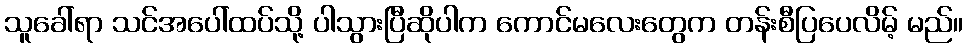
သူခေါ်ရာ သင်အပေါ်ထပ်သို့ ပါသွားပြီဆိုပါက ကောင်မလေးတွေက တန်းစီပြပေလိမ့် မည်။